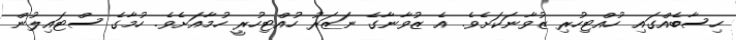
ހިސާބެއްގައި ހުއްޓިހުރި ޒުވާނަކަށެވެ. އެ ޒުވާނާގެ ނަޒަރު ހުއްޓިހުރީ ހުމާއަށެވެ. ހުމާގެ ސްޓައިލުން